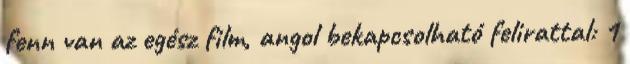
fenn van az egész film, angol bekapcsolható felirattal: 1